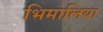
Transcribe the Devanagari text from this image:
भिमालिया